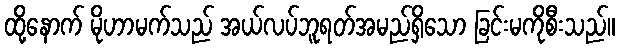
ထို့နောက် မိုဟာမက်သည် အယ်လပ်ဘူရတ်အမည်ရှိသော ခြင်းမကိုစီးသည်။